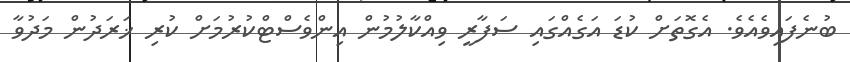
ބުނެފައިވެއެވެ. އެގޮތަށް ކުޑަ އަގެއްގައި ސަފާރީ ވިއްކާލުމުން އިންވެސްޓްކުރުމަށް ކުރި ޚަރަދުން މަދުވާ